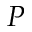
P